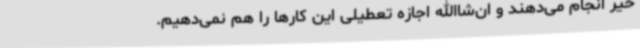
خیر انجام می‌دهند و ان‌شاالله اجازه تعطیلی این کارها را هم نمی‌دهیم.